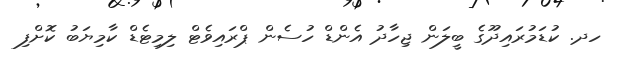
ހދ. ކުޑަމުރައިދޫގެ ބީލަން ޖިހާދު އެންޑް ހުސެން ޕްރައިވެޓް ލިމިޓެޑް ކާމިޔަބު ކޮށްފި